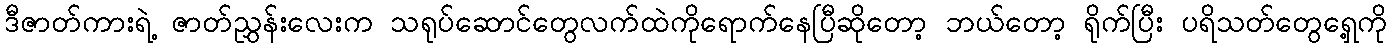
ဒီဇာတ်ကားရဲ့ ဇာတ်ညွှန်းလေးက သရုပ်ဆောင်တွေလက်ထဲကိုရောက်နေပြီဆိုတော့ ဘယ်တော့ ရိုက်ပြီး ပရိသတ်တွေရှေ့ကို